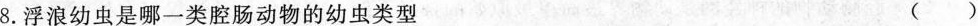
8.浮浪幼虫是哪一类腔肠动物的幼虫类型 ()